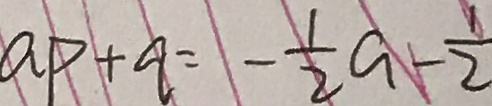
a _ { P } + a = - \frac { 1 } { 2 } a - \frac { 1 } { 2 }